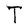
Character: T